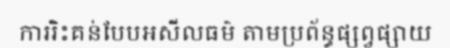
ការរិះគន់បែបអសីលធម៌ តាមប្រព័ន្ធផ្សព្វផ្សាយ